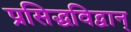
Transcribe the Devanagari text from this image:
प्रसिद्धविद्वान्